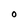
Character: O